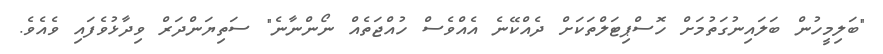
"ބަލިމީހުން ބަލައިނުގަތުމަށް ހޮސްޕިޓަލްތަކަށް ދެއްކޭނެ އެއްވެސް ހުއްޖަތެއް ނޯންނާނެ" ސަތިޔަންދަރް ވިދާޅުވެފައި ވެއެވެ.